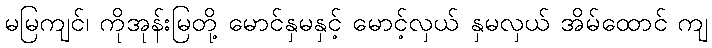
မမြကျင်၊ ကိုအုန်းမြတို့ မောင်နှမနှင့် မောင့်လှယ် နှမလှယ် အိမ်ထောင် ကျ